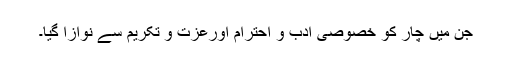
جن میں چار کو خصوصی ادب و احترام اورعزت و تکریم سے نوازا گیا۔